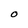
Character: O